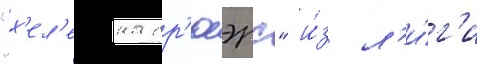
"х'ел'ена бр'юэрс" и́з л'и́г'и